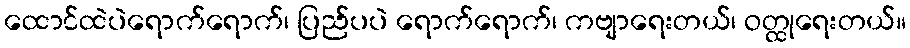
ထောင်ထဲပဲရောက်ရောက်၊ ပြည်ပပဲ ရောက်ရောက်၊ ကဗျာရေးတယ်၊ ဝတ္ထုရေးတယ်။